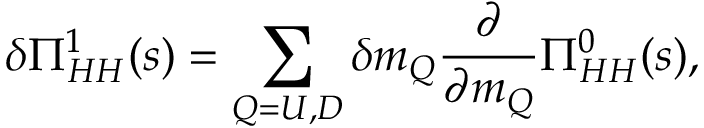
\delta \Pi _ { H H } ^ { 1 } ( s ) = \sum _ { Q = U , D } \delta m _ { Q } { \frac { \partial } { \partial m _ { Q } } } \Pi _ { H H } ^ { 0 } ( s ) ,